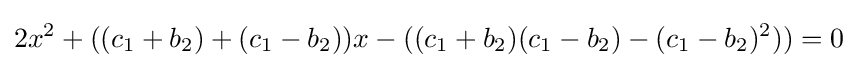
2x^{2}+((c_{1}+b_{2})+(c_{1}-b_{2}))x-((c_{1}+b_{2})(c_{1}-b_{2})-(c_{1}-b_{2})^{2}))=0